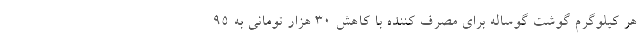
هر کیلوگرم گوشت گوساله برای مصرف کننده با کاهش 30 هزار تومانی به 95